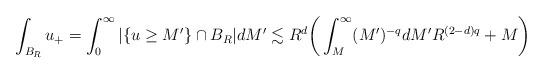
LaTeX: \begin{align*}\int_{B_R}u_+=\int_0^\infty|\{u\ge M'\}\cap B_R|dM'\lesssim R^d \bigg( \int_M^\infty (M')^{-q} dM' R^{(2-d)q} + M \bigg)\end{align*}